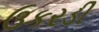
ઉકરડી